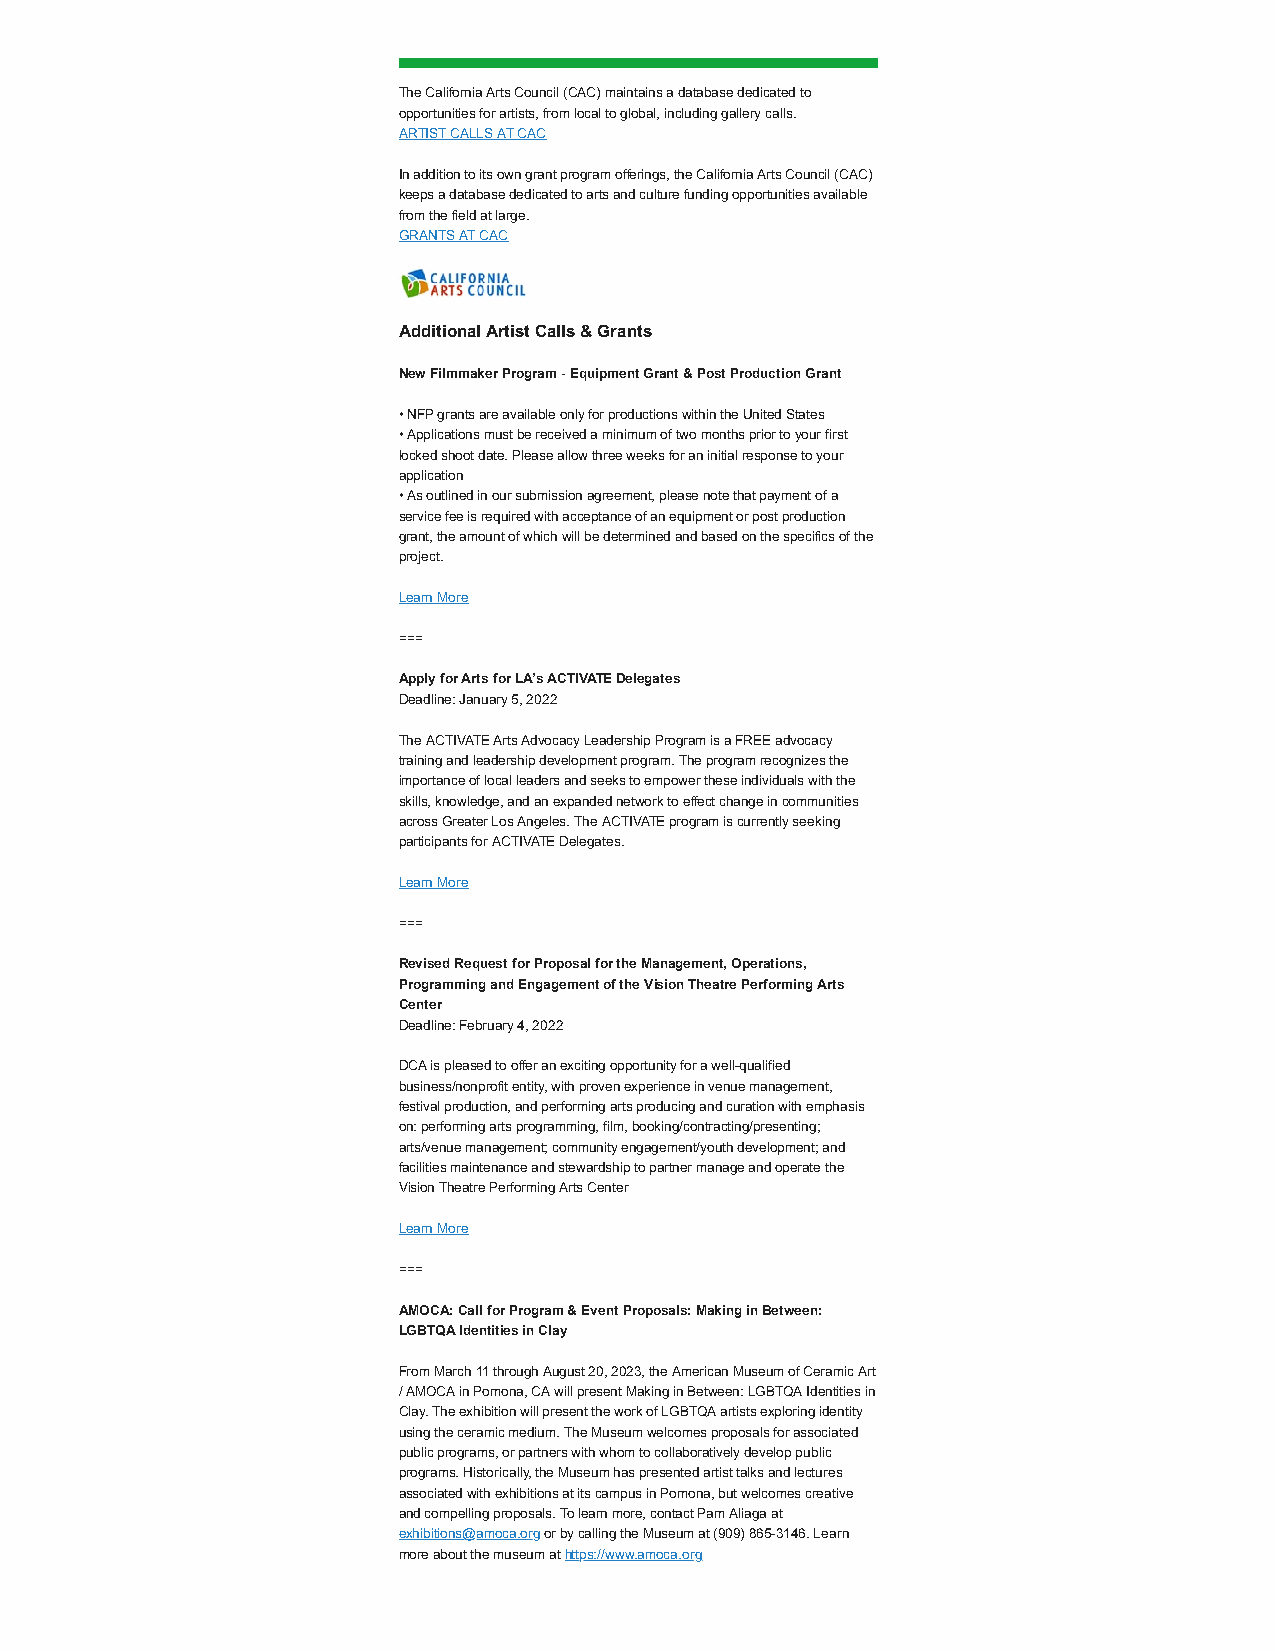
The California Arts Council (CAC) maintains a database dedicated to
 opportunities for artists, from local to global, including gallery calls.
 ARTIST CALLS AT CAC
 In addition to its own grant program offerings, the California Arts Council (CAC)
 keeps a database dedicated to arts and culture funding opportunities available
 from the field at large.
 GRANTS AT CAC
 Additional Artist Calls & Grants
 New Filmmaker Program - Equipment Grant & Post Production Grant
 • NFP grants are available only for productions within the United States
 • Applications must be received a minimum of two months prior to your first
 locked shoot date. Please allow three weeks for an initial response to your
 application
 • As outlined in our submission agreement, please note that payment of a
 service fee is required with acceptance of an equipment or post production
 grant, the amount of which will be determined and based on the specifics of the
 project.
 Learn More
 ===
 Apply for Arts for LA’s ACTIVATE Delegates
 Deadline: January 5, 2022
 The ACTIVATE Arts Advocacy Leadership Program is a FREE advocacy
 training and leadership development program. The program recognizes the
 importance of local leaders and seeks to empower these individuals with the
 skills, knowledge, and an expanded network to effect change in communities
 across Greater Los Angeles. The ACTIVATE program is currently seeking
 participants for ACTIVATE Delegates.
 Learn More
 ===
 Revised Request for Proposal for the Management, Operations,
 Programming and Engagement of the Vision Theatre Performing Arts
 Center
 Deadline: February 4, 2022
 DCA is pleased to offer an exciting opportunity for a well-qualified
 business/nonprofit entity, with proven experience in venue management,
 festival production, and performing arts producing and curation with emphasis
 on: performing arts programming, film, booking/contracting/presenting;
 arts/venue management; community engagement/youth development; and
 facilities maintenance and stewardship to partner manage and operate the
 Vision Theatre Performing Arts Center
 Learn More
 ===
 AMOCA: Call for Program & Event Proposals: Making in Between:
 LGBTQA Identities in Clay
 From March 11 through August 20, 2023, the American Museum of Ceramic Art
 / AMOCA in Pomona, CA will present Making in Between: LGBTQA Identities in
 Clay. The exhibition will present the work of LGBTQA artists exploring identity
 using the ceramic medium. The Museum welcomes proposals for associated
 public programs, or partners with whom to collaboratively develop public
 programs. Historically, the Museum has presented artist talks and lectures
 associated with exhibitions at its campus in Pomona, but welcomes creative
 and compelling proposals. To learn more, contact Pam Aliaga at
 exhibitions@amoca.org or by calling the Museum at (909) 865-3146. Learn
 more about the museum at https://www.amoca.org